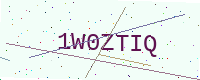
Text: 1W0ZTIQ